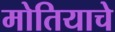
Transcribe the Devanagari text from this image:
मोतियाचे